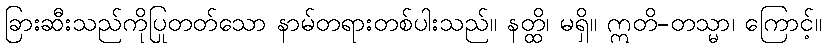
ခြားဆီးသည်ကိုပြုတတ်သော နာမ်တရားတစ်ပါးသည်။ နတ္ထိ၊ မရှိ။ ဣတိ-တသ္မာ၊ ကြောင့်။